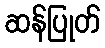
ဆန်ပြုတ်